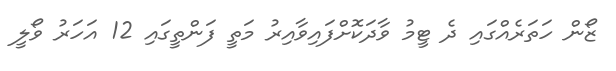
ޒޯން ހަތަރެއްގައި ދެ ޓީމު ވާދަކޮށްފައިވާއިރު މަތީ ފަންތީގައި 12 އަހަރު ވޯލީ